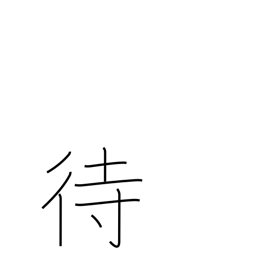
Meaning: wait